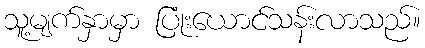
သူ့မျက်နှာမှာ ပြုံးယောင်သန်းလာသည်။